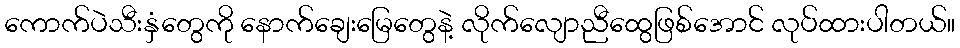
ကောက်ပဲသီးနှံတွေကို နောက်ချေးမြေတွေနဲ့ လိုက်လျောညီထွေဖြစ်အောင် လုပ်ထားပါတယ်။